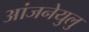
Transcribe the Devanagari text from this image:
आंजनेयुलु